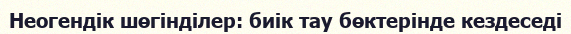
Неогендік шөгінділер: биік тау бөктерінде кездеседі